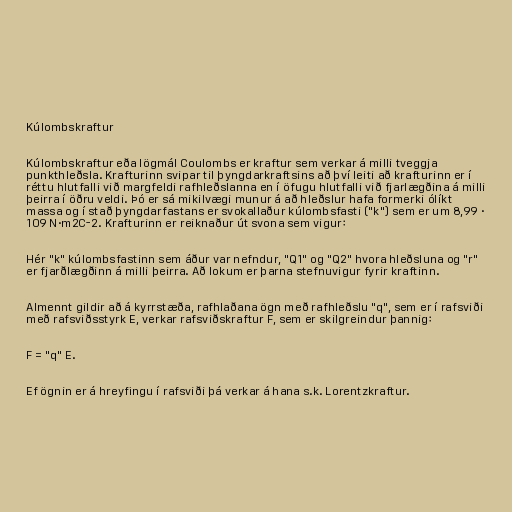
Kúlombskraftur

Kúlombskraftur eða lögmál Coulombs er kraftur sem verkar á milli tveggja
punkthleðsla. Krafturinn svipar til þyngdarkraftsins að því leiti að krafturinn er í
réttu hlutfalli við margfeldi rafhleðslanna en í öfugu hlutfalli við fjarlægðina á milli
þeirra í öðru veldi. Þó er sá mikilvægi munur á að hleðslur hafa formerki ólíkt
massa og í stað þyngdarfastans er svokallaður kúlombsfasti ("k") sem er um 8,99 ·
109 N·m2C-2. Krafturinn er reiknaður út svona sem vigur:

Hér "k" kúlombsfastinn sem áður var nefndur, "Q1" og "Q2" hvora hleðsluna og "r"
er fjarðlægðinn á milli þeirra. Að lokum er þarna stefnuvigur fyrir kraftinn.

Almennt gildir að á kyrrstæða, rafhlaðana ögn með rafhleðslu "q", sem er í rafsviði
með rafsviðsstyrk E, verkar rafsviðskraftur F, sem er skilgreindur þannig:

F = "q" E.

Ef ögnin er á hreyfingu í rafsviði þá verkar á hana s.k. Lorentzkraftur.